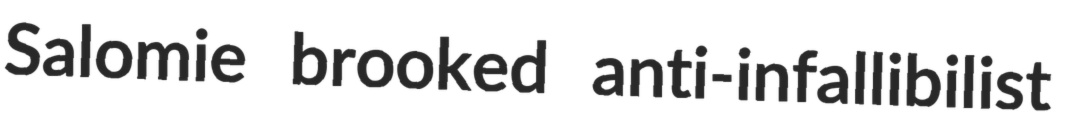
Salomie brooked anti-infallibilist